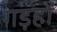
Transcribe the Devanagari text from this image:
गड़हों